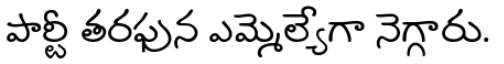
పార్టీ తరఫున ఎమ్మెల్యేగా నెగ్గారు.